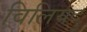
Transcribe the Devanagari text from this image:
विलियदु